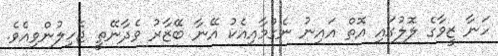
ހަނާ ޒީވާގެ ލޮލުގައި އޮތް އައިނު ނެގުމާއިއެކު އޭނާ ބޭޒާރު ވެދާނޭތީ ޖެހިލުންވިއެވެ.